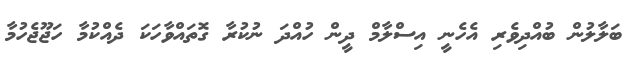
ބަލާލުން ބުއްދިވެރި އެހެނީ އިސްލާމް ދީން ހުއްދަ ނުކުރާ ގޮތައްވާހަކަ ދެއްކުމާ ހަޖޫޖެހުމާ